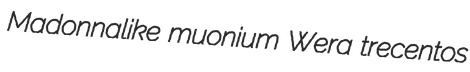
Madonnalike muonium Wera trecentos